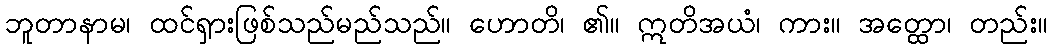
ဘူတာနာမ၊ ထင်ရှားဖြစ်သည်မည်သည်။ ဟောတိ၊ ၏။ ဣတိအယံ၊ ကား။ အတ္ထော၊ တည်း။